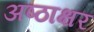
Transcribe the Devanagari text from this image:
अष्ठाक्षर